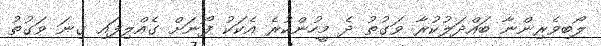
ލޯބިވެރިންނާ ބައްދަލުކުރާ ވަގުތު ދެ މީހުންކުރެ އެކަކު ފޯނަށް ގެއްލިފައި ގިނަ ވަގުތު